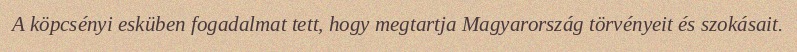
A köpcsényi esküben fogadalmat tett, hogy megtartja Magyarország törvényeit és szokásait.